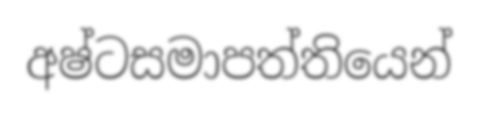
අෂ්ටසමාපත්තියෙන්